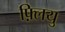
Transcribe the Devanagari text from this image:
फ़्लियु